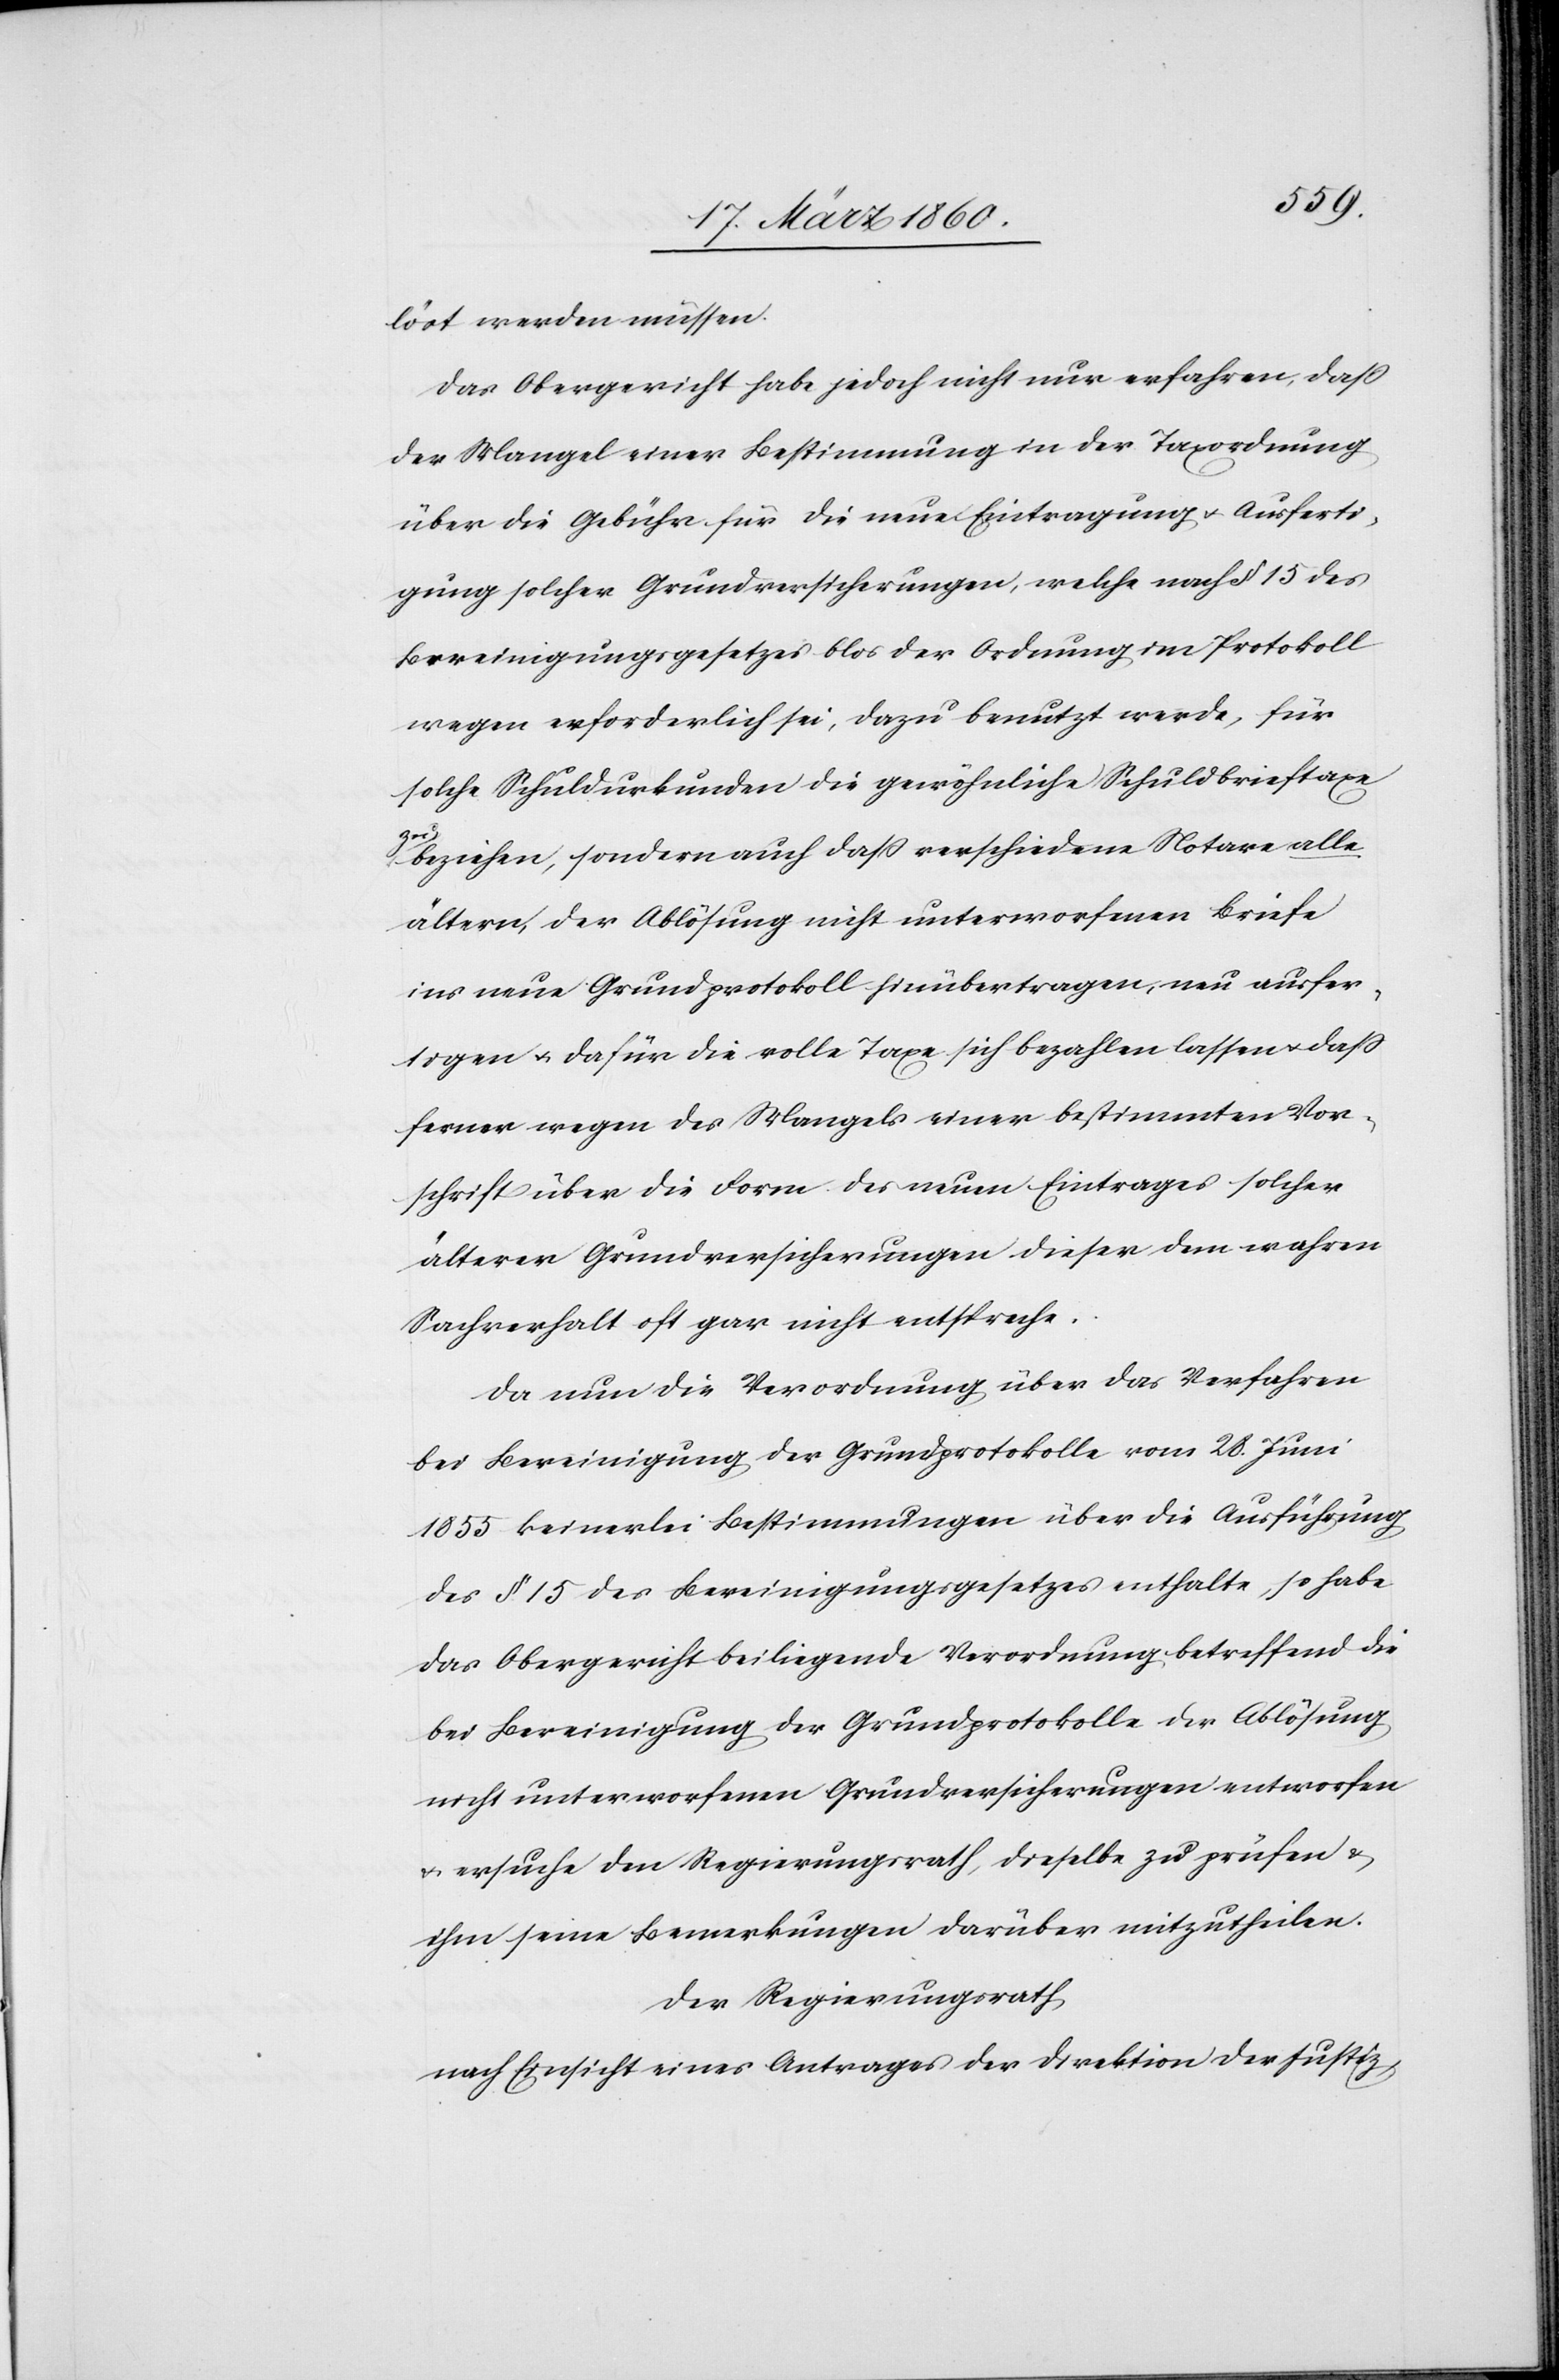
löst werden müssen.
Das Obergericht habe jedoch nicht nur erfahren, dass
der Mangel einer Bestimmung in der Taxordnung
über die Gebühr für die neue Eintragung u. Ausferti¬
gung solcher Grundversicherungen, welche nach §. 15. des
Bereinigungsgesetzes blos der Ordnung im Protokoll
wegen erforderlich sei, dazu benutzt werde, für
solche Schuldurkunden die gewöhnliche Schuldbrieftaxe
zu
beziehen, sondern auch dass verschiedene Notare alle
ältern, der Ablösung nicht unterworfenen Briefe
ins neue Grundprotokoll hinübertragen, neu ausfer¬
tigen u. dafür die volle Taxe sich bezahlen lassen u. dass
ferner wegen des Mangels einer bestimmten Vor¬
schrift über die Form des neuen Eintrages solcher
älterer Grundversicherungen dieser dem wahren
Sachverhalt oft gar nicht entspreche.
Da nun die Verordnung über das Verfahren
bei Bereinigung der Grundprotokolle vom 28. Juni
1855 keinerlei Bestimmungen über die Ausführung
des §. 15. des Bereinigungsgesetzes enthalte, so habe
das Obergericht beiliegende Verordnung betreffend die
bei Bereinigung der Grundprotokolle der Ablösung
nicht unterworfenen Grundversicherungen entworfen
u. ersuche den Regierungsrath, dieselbe zu prüfen u.
ihm seine Bemerkungen darüber mitzutheilen.
Der Regierungsrath,
nach Einsicht eines Antrages der Direktion der Justiz,